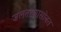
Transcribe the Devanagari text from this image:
जलतरणासोबत